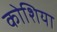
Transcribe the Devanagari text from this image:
कोशिया